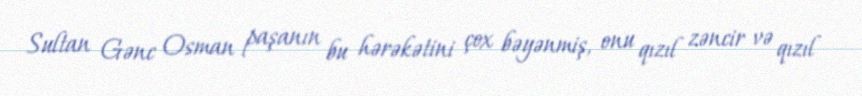
Sultan Gənc Osman paşanın bu hərəkətini çox bəyənmiş, onu qızıl zəncir və qızıl